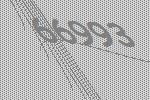
66993